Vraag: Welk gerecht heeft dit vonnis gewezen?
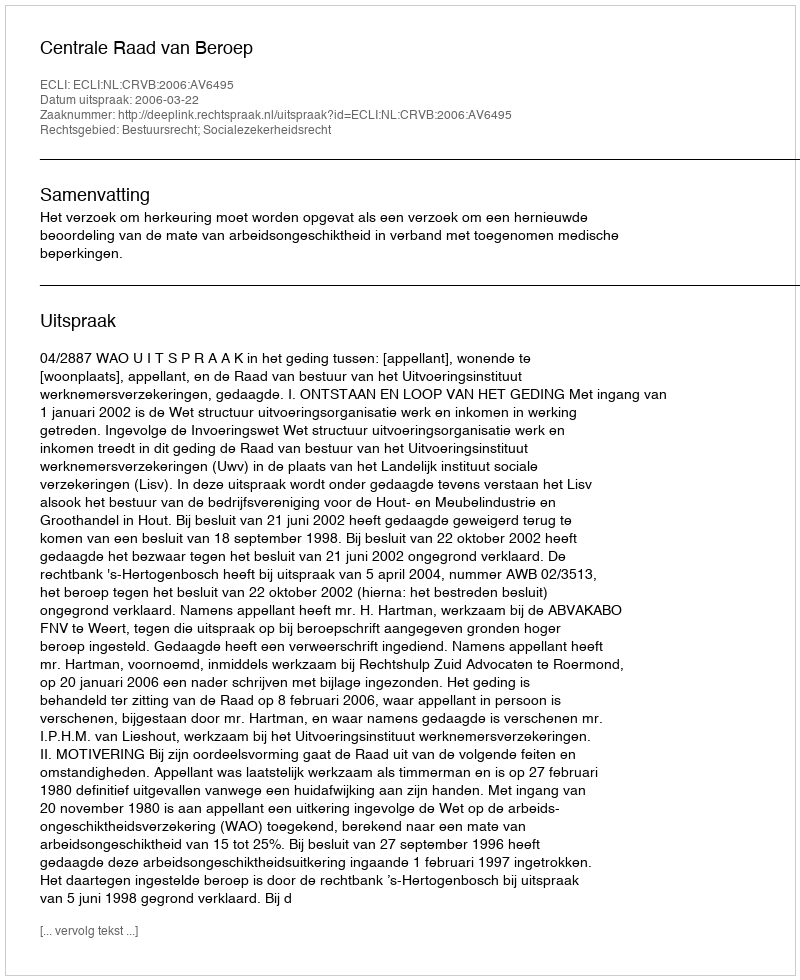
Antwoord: Centrale Raad van Beroep